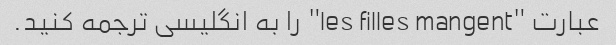
عبارت "les filles mangent" را به انگلیسی ترجمه کنید.